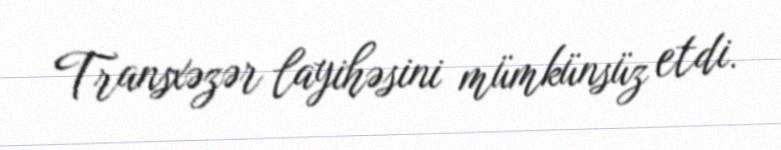
Transxəzər layihəsini mümkünsüz etdi.